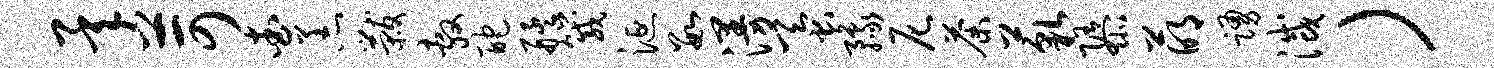
承苛查恙黻敷酡艋箴涎数漫蚕豫尼荼藐隳萌踊灭）